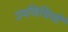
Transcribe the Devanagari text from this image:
उपविधियों